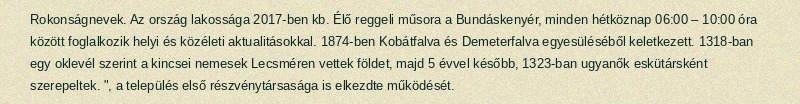
Rokonságnevek. Az ország lakossága 2017-ben kb. Élő reggeli műsora a Bundáskenyér, minden hétköznap 06:00 – 10:00 óra között foglalkozik helyi és közéleti aktualitásokkal. 1874-ben Kobátfalva és Demeterfalva egyesüléséből keletkezett. 1318-ban egy oklevél szerint a kincsei nemesek Lecsméren vettek földet, majd 5 évvel később, 1323-ban ugyanők eskütársként szerepeltek. ", a település első részvénytársasága is elkezdte működését.